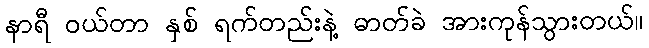
နာရီ ဝယ်တာ နှစ် ရက်တည်းနဲ့ ဓာတ်ခဲ အားကုန်သွားတယ်။